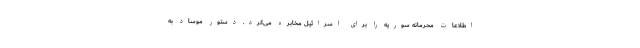
اطلاعات محرمانه سوریه را برای اسرائیل مخابره می‌کرد. دستور موساد به